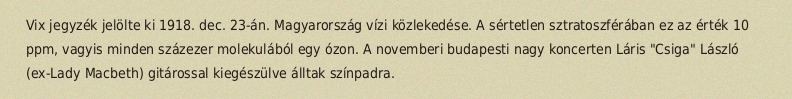
Vix jegyzék jelölte ki 1918. dec. 23-án. Magyarország vízi közlekedése. A sértetlen sztratoszférában ez az érték 10 ppm, vagyis minden százezer molekulából egy ózon. A novemberi budapesti nagy koncerten Láris "Csiga" László (ex-Lady Macbeth) gitárossal kiegészülve álltak színpadra.